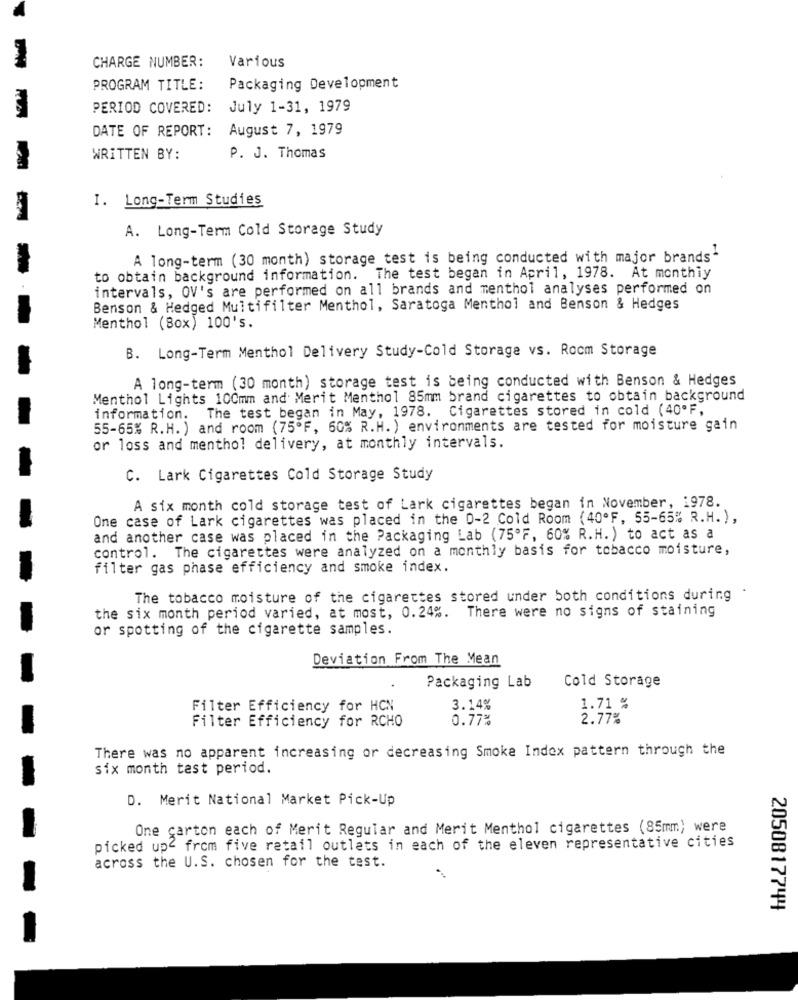
Various
CHARGE NUMBER:
PROGRAM TITLE:
Packaging Development
PERIOD COVERED: July 1-31, 1979
DATE OF REPORT: August 7, 1979
WRITTEN BY:
P. J. Thomas
I. Long-Term Studies
A. Long-Term Cold Storage Study
A long-term (30 month) storage_test is being conducted with major brands"
to obtain background information. The test began in April, 1978. At monthly
intervals, OV's are performed on all brands and menthol analyses performed on
Benson & Hedged Multifilter Menthol, Saratoga Menthol and Benson & Hedges
Menthol (Box) 100's.
B. Long-Term Menthol Delivery Study-Cold Storage vs. Rocm Storage
A long-term (30 month) storage test is being conducted with Benson & Hedges
Menthol Lights 100mm and Merit Menthol 85mm brand cigarettes to obtain background
information. The test began in May, 1978. Cigarettes stored in cold (40ºF,
55-65% R.H. ) and room (75ºF, 60% R.H. ) environments are tested for moisture gain
or loss and menthol delivery, at monthly intervals.
C. Lark Cigarettes Cold Storage Study
A six month cold storage test of Lark cigarettes began in November, 1978.
One case of Lark cigarettes was placed in the 0-2 Cold Room (40ºF, 55-65% R.H. ),
and another case was placed in the Packaging Lab (75ºF, 60% R.H.) to act as a
control. The cigarettes were analyzed on a monthly basis for tobacco moisture,
filter gas phase efficiency and smoke index.
The tobacco moisture of the cigarettes stored under both conditions during
the six month period varied, at most, 0.24%. There were no signs of staining
or spotting of the cigarette samples.
Deviation From The Mean
Cold Storage
Packaging Lab
Filter Efficiency for HCN
3.14%
1.71 %
Filter Efficiency for RCHO
0.77%
2.77%
There was no apparent increasing or decreasing Smoke Index pattern through the
six month test period.
D. Merit National Market Pick-Up
One carton each of Merit Regular and Merit Menthol cigarettes (85mm) were
picked up2 from five retail outlets in each of the eleven representative cities
across the U.S. chosen for the test.
2050817744